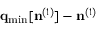
{ \bf q } _ { \mathrm { m i n } } [ { \bf n } ^ { ( 1 ) } ] - { \bf n } ^ { ( 1 ) }